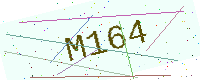
Text: M164